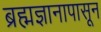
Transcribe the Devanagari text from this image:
ब्रह्मज्ञानापासून